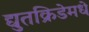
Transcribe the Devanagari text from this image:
द्युतक्रिडेमधे